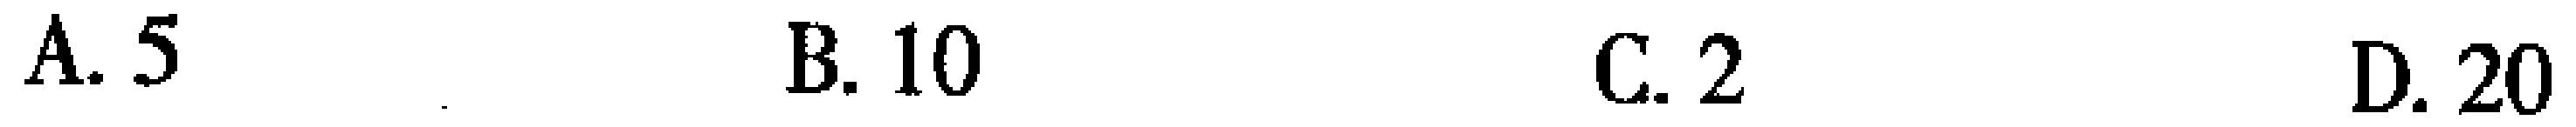
A. \(5\)  B. \(10\)  C. \(2\)  D. \(20\)